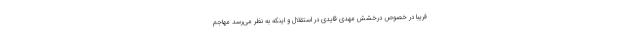
فریبا در خصوص درخشش مهدی قایدی در استقلال و اینکه به نظر می‌رسد مهاجم